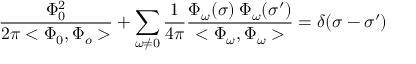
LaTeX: \frac { \Phi _ { 0 } ^ { 2 } } { 2 \pi < \Phi _ { 0 } , \Phi _ { o } > } + \sum _ { \omega \neq 0 } \frac { 1 } { 4 \pi } \frac { \Phi _ { \omega } ( \sigma ) \: \Phi _ { \omega } ( \sigma ^ { \prime } ) } { < \Phi _ { \omega } , \Phi _ { \omega } > } = \delta ( \sigma - { \sigma ^ { \prime } } )